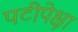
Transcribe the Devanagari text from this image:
पटीपेक्षा